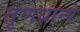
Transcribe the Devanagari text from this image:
तृणधान्ये